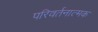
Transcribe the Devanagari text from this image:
परिवर्तनात्मक